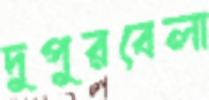
দুপুরবেলা